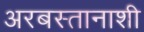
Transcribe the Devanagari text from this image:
अरबस्तानाशी